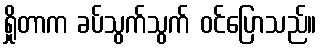
ရှိုတာက ခပ်သွက်သွက် ဝင်ပြောသည်။